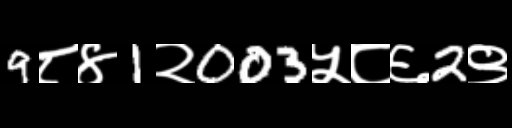
Text: 9८४1२003५८६2९